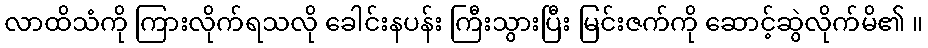
လာထိသံကို ကြားလိုက်ရသလို ခေါင်းနပန်း ကြီးသွားပြီး မြင်းဇက်ကို ဆောင့်ဆွဲလိုက်မိ၏ ။